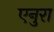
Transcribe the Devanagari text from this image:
एनुरा